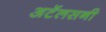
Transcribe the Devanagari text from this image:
अटॅलसनी